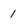
Character: 1